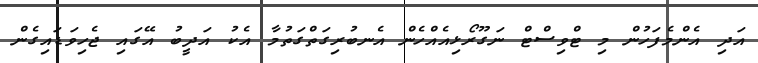
އަދި އެންމެފަހުން މި ޓްވިސްޓް ނަގޫރޯޅިއެއްހެން އެނބުރިގަތްގަތުމާ އެކު އަދީބު އޭގައި ޖެހިވަޑައިގެން